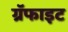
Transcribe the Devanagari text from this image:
ग्रॅफाइट